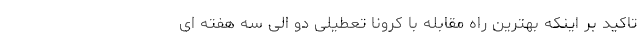
تاکید بر اینکه بهترین راه مقابله با کرونا تعطیلی دو الی سه هفته ای